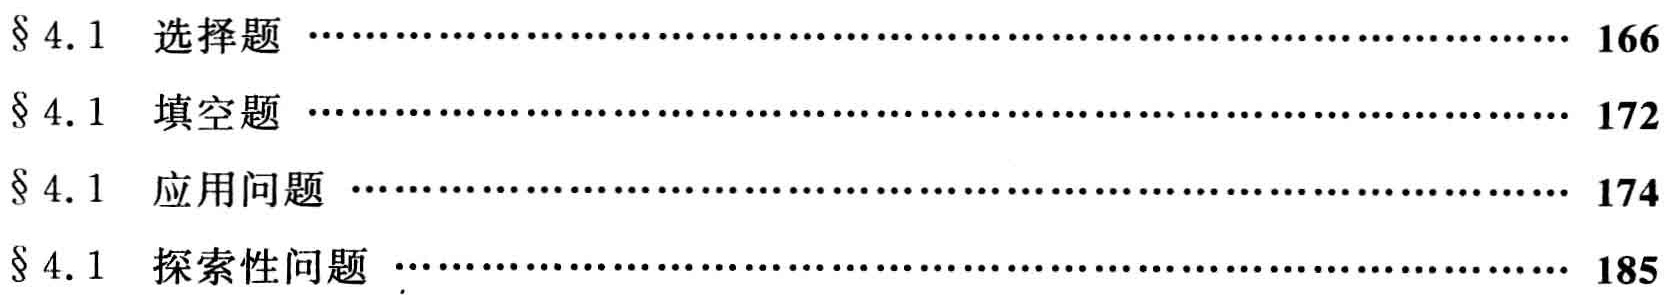
\begin{itemize}

\item $\S 4.1$ 选择题 \hfill 166

\item $\S 4.1$ 填空题 \hfill 172

\item $\S 4.1$ 应用问题 \hfill 174

\item $\S 4.1$ 探索性问题 \hfill 185

\end{itemize}